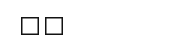
٥٤